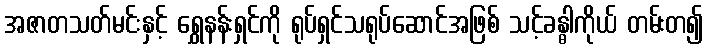
အဇာတသတ်မင်းနှင့် ရွှေနန်းရှင်ကို ရုပ်ရှင်သရုပ်ဆောင်အဖြစ် သင့်ခန္ဓါကိုယ် တမ်းတ၍